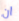
ان